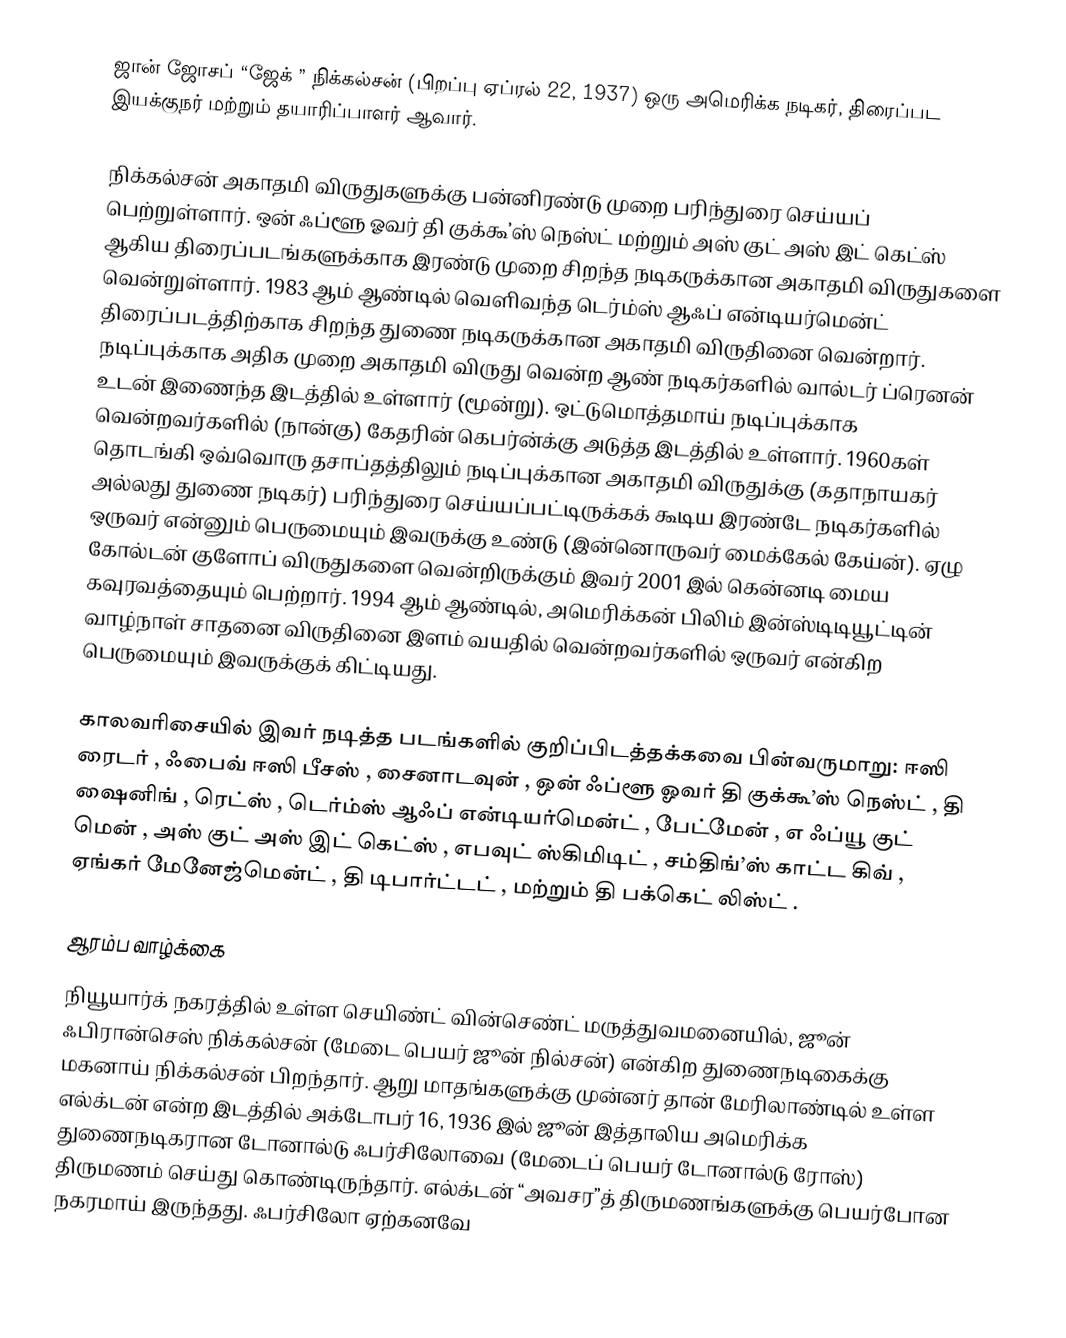
ஜான் ஜோசப் “ஜேக் ” நிக்கல்சன் (பிறப்பு ஏப்ரல் 22, 1937) ஒரு அமெரிக்க நடிகர், திரைப்பட இயக்குநர் மற்றும் தயாரிப்பாளர் ஆவார்.

நிக்கல்சன் அகாதமி விருதுகளுக்கு பன்னிரண்டு முறை பரிந்துரை செய்யப் பெற்றுள்ளார். ஒன் ஃப்ளூ ஓவர் தி குக்கூ’ஸ் நெஸ்ட் மற்றும் அஸ் குட் அஸ் இட் கெட்ஸ் ஆகிய திரைப்படங்களுக்காக இரண்டு முறை சிறந்த நடிகருக்கான அகாதமி விருதுகளை வென்றுள்ளார். 1983 ஆம் ஆண்டில் வெளிவந்த டெர்ம்ஸ் ஆஃப் என்டியர்மென்ட் திரைப்படத்திற்காக சிறந்த துணை நடிகருக்கான அகாதமி விருதினை வென்றார். நடிப்புக்காக அதிக முறை அகாதமி விருது வென்ற ஆண் நடிகர்களில் வால்டர் ப்ரெனன் உடன் இணைந்த இடத்தில் உள்ளார் (மூன்று). ஒட்டுமொத்தமாய் நடிப்புக்காக வென்றவர்களில் (நான்கு) கேதரின் கெபர்ன்க்கு அடுத்த இடத்தில் உள்ளார். 1960கள் தொடங்கி ஒவ்வொரு தசாப்தத்திலும் நடிப்புக்கான அகாதமி விருதுக்கு (கதாநாயகர் அல்லது துணை நடிகர்) பரிந்துரை செய்யப்பட்டிருக்கக் கூடிய இரண்டே நடிகர்களில் ஒருவர் என்னும் பெருமையும் இவருக்கு உண்டு (இன்னொருவர் மைக்கேல் கேய்ன்). ஏழு கோல்டன் குளோப் விருதுகளை வென்றிருக்கும் இவர் 2001 இல் கென்னடி மைய கவுரவத்தையும் பெற்றார். 1994 ஆம் ஆண்டில், அமெரிக்கன் பிலிம் இன்ஸ்டிடியூட்டின் வாழ்நாள் சாதனை விருதினை இளம் வயதில் வென்றவர்களில் ஒருவர் என்கிற பெருமையும் இவருக்குக் கிட்டியது.

காலவரிசையில் இவர் நடித்த படங்களில் குறிப்பிடத்தக்கவை பின்வருமாறு: ஈஸி ரைடர் , ஃபைவ் ஈஸி பீசஸ் , சைனாடவுன் , ஒன் ஃப்ளூ ஓவர் தி குக்கூ’ஸ் நெஸ்ட் , தி ஷைனிங் , ரெட்ஸ் , டெர்ம்ஸ் ஆஃப் என்டியர்மென்ட் , பேட்மேன் , எ ஃப்யூ குட் மென் , அஸ் குட் அஸ் இட் கெட்ஸ் , எபவுட் ஸ்கிமிடிட் , சம்திங்’ஸ் காட்ட கிவ் , ஏங்கர் மேனேஜ்மென்ட் , தி டிபார்ட்டட் , மற்றும் தி பக்கெட் லிஸ்ட் .

ஆரம்ப வாழ்க்கை
நியூயார்க் நகரத்தில் உள்ள செயிண்ட் வின்செண்ட் மருத்துவமனையில், ஜூன் ஃபிரான்செஸ் நிக்கல்சன் (மேடை பெயர் ஜூன் நில்சன்) என்கிற துணைநடிகைக்கு மகனாய் நிக்கல்சன் பிறந்தார். ஆறு மாதங்களுக்கு முன்னர் தான் மேரிலாண்டில் உள்ள எல்க்டன் என்ற இடத்தில் அக்டோபர் 16, 1936 இல் ஜூன் இத்தாலிய அமெரிக்க துணைநடிகரான டோனால்டு ஃபர்சிலோவை (மேடைப் பெயர் டோனால்டு ரோஸ்) திருமணம் செய்து கொண்டிருந்தார். எல்க்டன் “அவசர”த் திருமணங்களுக்கு பெயர்போன நகரமாய் இருந்தது. ஃபர்சிலோ ஏற்கனவே